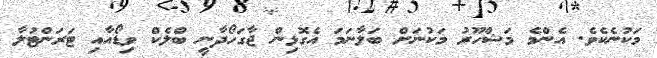
މަކުނެކެވެ. އެންމެ މަޝްހޫރު މަކުނަށް ބަލާނަމަ އެގޮޅިން ޖާގަހޯދާނީ ބްލެކް ވިޑޯއާއި ޓަރަންޓުލާ